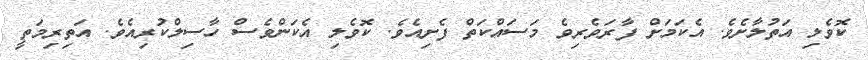
ކޮވެލި އަތުލާށެވެ. އެކަމަށް ފާރަވެރިވެ މަސައްކަތް ފެށިއެވެ. ކޮވެލި އެކަންވެސް ހާސިލްކުރިއެވެ. އަތިރިމަތީ